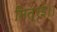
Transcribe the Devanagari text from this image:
मित्रई।।